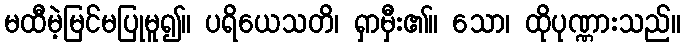
မထီမဲ့မြင်မပြုမူ၍။ ပရိယေသတိ၊ ရှာမှီး၏။ သော၊ ထိုပုဏ္ဏားသည်။